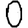
Digit: 0